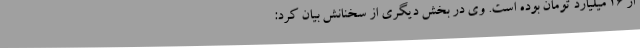
از 26 میلیارد تومان بوده است. وی در بخش دیگری از سخنانش بیان کرد: